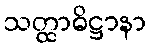
သတ္ထာဓိဋ္ဌာနာ